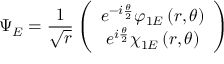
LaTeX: \Psi _ { E } = \frac { 1 } { \sqrt { r } } \left( \begin{array} { c } { { e ^ { - i \frac { \theta } { 2 } } \varphi _ { 1 E } \left( r , \theta \right) } } \\ { { e ^ { i \frac { \theta } { 2 } } \chi _ { 1 E } \left( r , \theta \right) } } \end{array} \right)